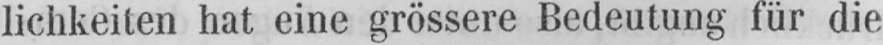
lichkeiten hat eine grössere Bedeutung für die